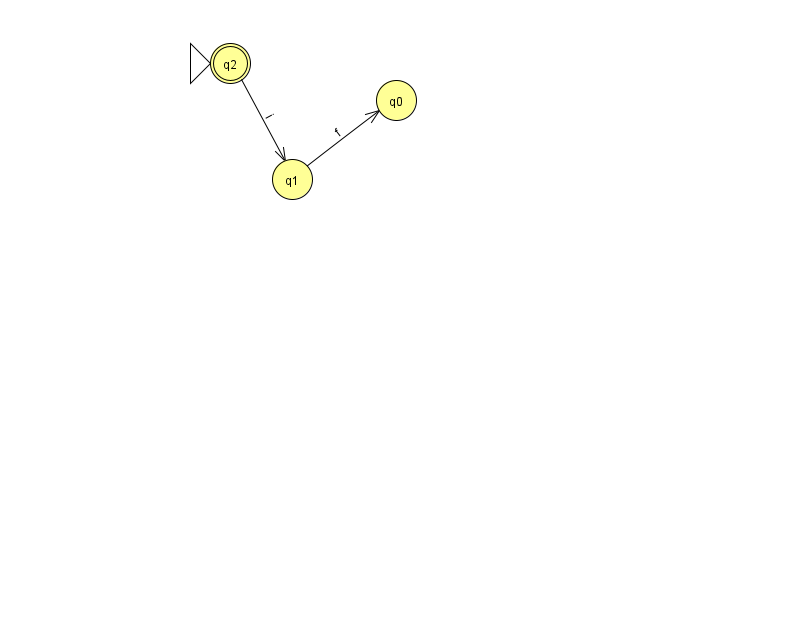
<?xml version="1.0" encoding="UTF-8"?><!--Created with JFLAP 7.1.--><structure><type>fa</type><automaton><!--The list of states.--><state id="0" name="q0"><x>396.0</x><y>87.0</y></state><state id="1" name="q1"><x>292.0</x><y>166.0</y></state><state id="2" name="q2"><x>230.0</x><y>50.0</y><initial/><final/></state><!--The list of transitions.--><transition><from>2</from><to>1</to><read>i</read></transition><transition><from>1</from><to>0</to><read>f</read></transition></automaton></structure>